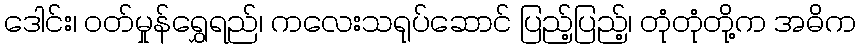
ဒေါင်း၊ ဝတ်မှုန်ရွှေရည်၊ ကလေးသရုပ်ဆောင် ပြည့်ပြည့်၊ တုံတုံတို့က အဓိက